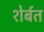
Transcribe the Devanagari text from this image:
शेर्बत